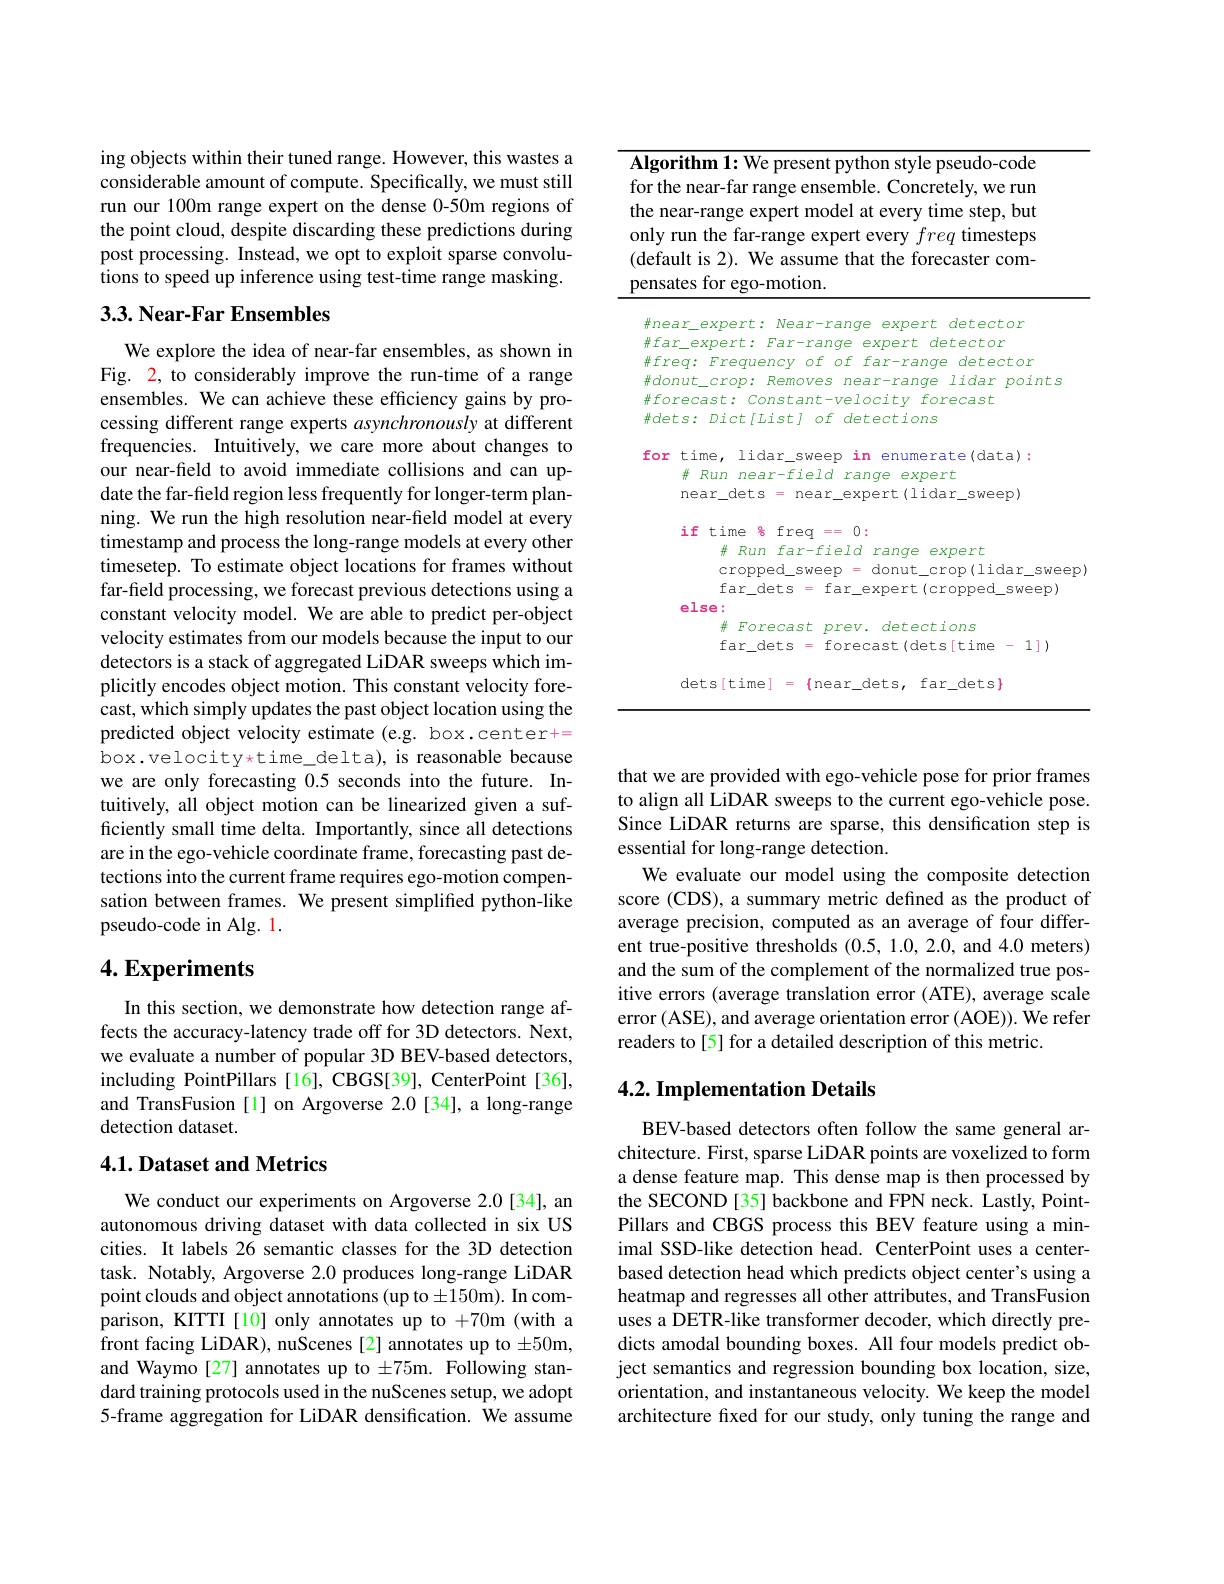
Algorithm 1: We present python style pseudo-code for the near-far range ensemble. Concretely, we run the near-range expert model at every time step, but only run the far-range expert every freq timesteps (default is 2). We assume that the forecaster compensates for ego-motion.

<table>
	<tbody>
		<tr>
			<th>并fa</th>
			<th>$\Delta yn\rho\gamma+$ $\mu^{\prime}$, 191 Yanqe exnert detector</th>
		</tr>
		<tr>
			<td>$\#fr$</td>
			<td>Prerrie $0^{+}$ $fa.$ detector 0 Hhor</td>
		</tr>
		<tr>
			<td>$\#dol$</td>
			<td>Removes Iidan ooints CYOD S 19户一 10</td>
		</tr>
		<tr>
			<td>$\#f_0.$</td>
			<td>ecast forecast 07.9 C7十</td>
		</tr>
		<tr>
			<td>$\#de$</td>
			<td>s: Dict[ List] of detections</td>
		</tr>
		<tr>
			<td rowspan="3">for</td>
			<td>time, lidar\_sweep $in$ enumerate(data):</td>
		</tr>
		<tr>
			<td>$\#$ Forecast prev. detections far\_dets = forecast(dets[time-1])</td>
		</tr>
		<tr>
			<td>$\cdot{\frac{1}{1}}me$ na - $a\gamma$ dets</td>
		</tr>
	</tbody>
</table>

ing objects within their tuned range. However, this wastes a considerable amount of compute. Specifically, we must still run our 100m range expert on the dense 0-50m regions of the point cloud, despite discarding these predictions during post processing. Instead, we opt to exploit sparse convolutions to speed up inference using test-time range masking.

## $3. 3. \textbf{ Near- Far Ensembles}$

We explore the idea of near-far ensembles, as shown in Fig. 2, to considerably improve the run-time of a range ensembles. We can achieve these efficiency gains by processing different range experts asynchronously at different frequencies. Intuitively, we care more about changes to our near-field to avoid immediate collisions and can update the far-field region less frequently for longer-term planning. We run the high resolution near-field model at every timestamp and process the long-range models at every other timesetep. To estimate object locations for frames without far-field processing, we forecast previous detections using a constant velocity model. We are able to predict per-object velocity estimates from our models because the input to our detectors is a stack of aggregated LiDAR sweeps which implicitly encodes object motion. This constant velocity forecast, which simply updates the past object location using the predicted object velocity estimate (e.g. box.center+= box.velocityxtime\_delta), is reasonable because we are only forecasting 0.5 seconds into the future. Intuitively, all object motion can be linearized given a sufficiently small time delta. Importantly, since all detections are in the ego-vehicle coordinate frame, forecasting past detections into the current frame requires ego-motion compensation between frames. We present simplified python-like pseudo-code in Alg. 1.

## $4. \textbf{Experiments}$

In this section, we demonstrate how detection range affects the accuracy-latency trade off for 3D detectors. Next, we evaluate a number of popular 3D BEV-based detectors, including PointPillars [16], CBGS[39], CenterPoint [36], and TransFusion [1] on Argoverse 2.0 [34], a long-range detection dataset.

## 4.1. Dataset and Metrics

We conduct our experiments on Argoverse 2.0[34], an autonomous driving dataset with data collected in six US cities. It labels 26 semantic classes for the 3D detection task. Notably, Argoverse 2.0 produces long-range LiDAR point clouds and object annotations (up to $\pm 150$m). In comparison, KITTI[10] only annotates up to +70m (with a front facing LiDAR), nuScenes [2] annotates up to $\pm50$m, and Waymo[27] annotates up to $\pm 75$m. Following standard training protocols used in the nuScenes setup, we adopt 5-frame aggregation for LiDAR densification. We assume

that we are provided with ego-vehicle pose for prior frames to align all LiDAR sweeps to the current ego-vehicle pose. Since LiDAR returns are sparse, this densification step is essential for long-range detection.
We evaluate our model using the composite detection score (CDS), a summary metric defined as the product of average precision, computed as an average of four different true-positive thresholds (0.5,1.0,2.0,and 4.0 meters) and the sum of the complement of the normalized true positive errors (average translation error (ATE), average scale error (ASE), and average orientation error (AOE)). We refer readers to[5] for a detailed description of this metric.

### 4.2. Implementation Details

BEV-based detectors often follow the same general architecture. First, sparse LiDAR points are voxelized to form a dense feature map. This dense map is then processed by the SECOND [35] backbone and FPN neck. Lastly, PointPillars and CBGS process this BEV feature using a minimal SSD-like detection head. CenterPoint uses a centerbased detection head which predicts object center's using a heatmap and regresses all other attributes, and TransFusion uses a DETR-like transformer decoder, which directly predicts amodal bounding boxes. All four models predict object semantics and regression bounding box location, size, orientation, and instantaneous velocity. We keep the model architecture fxed for our study, only tuning the range and